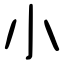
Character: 小